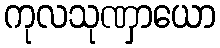
ကုလသုဏှာယော